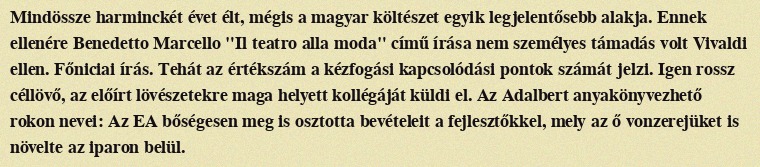
Mindössze harminckét évet élt, mégis a magyar költészet egyik legjelentősebb alakja. Ennek ellenére Benedetto Marcello "Il teatro alla moda" című írása nem személyes támadás volt Vivaldi ellen. Főniciai írás. Tehát az értékszám a kézfogási kapcsolódási pontok számát jelzi. Igen rossz céllövő, az előírt lövészetekre maga helyett kollégáját küldi el. Az Adalbert anyakönyvezhető rokon nevei: Az EA bőségesen meg is osztotta bevételeit a fejlesztőkkel, mely az ő vonzerejüket is növelte az iparon belül.